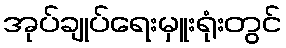
အုပ်ချုပ်ရေးမှူးရုံးတွင်